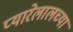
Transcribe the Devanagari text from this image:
प्यारेलालच्या